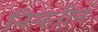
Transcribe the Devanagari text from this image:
नियतीनं